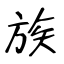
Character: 族